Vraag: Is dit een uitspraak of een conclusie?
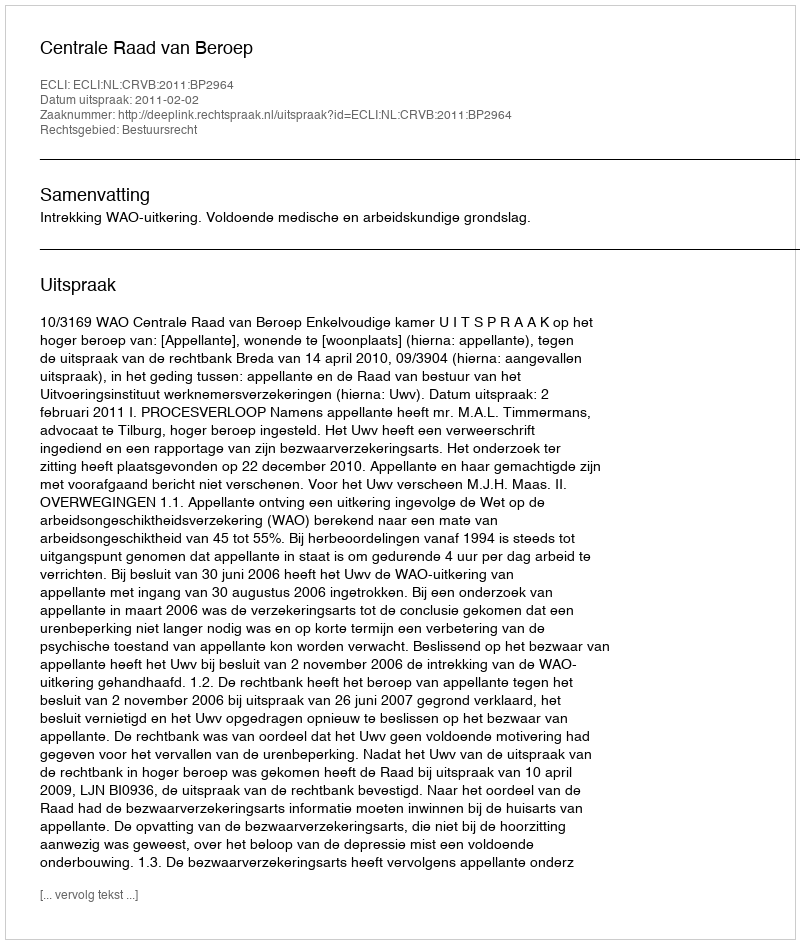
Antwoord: Uitspraak